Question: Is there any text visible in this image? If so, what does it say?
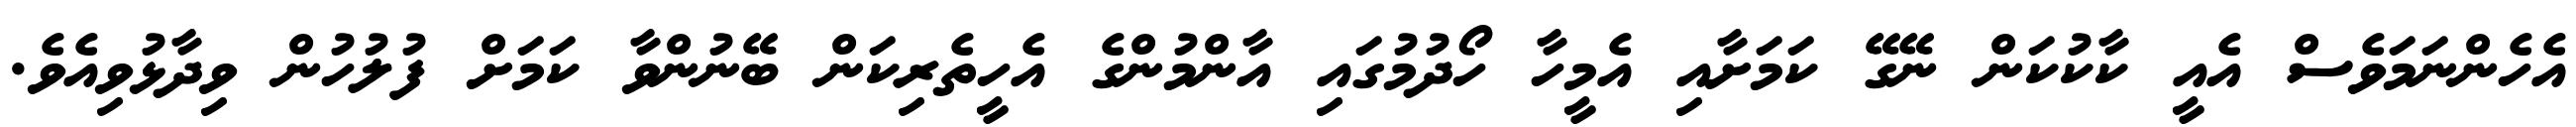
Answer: އެހެންނަމަވެސް އެއީ ކާކުކަން ނޭގޭ ކަމަށާއި އެމީހާ ހޯދުމުގައި އާންމުންގެ އެހީތެރިކަން ބޭނުންވާ ކަމަށް ފުލުހުން ވިދާޅުވިއެވެ.